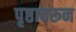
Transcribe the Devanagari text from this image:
पृष्ठावरून